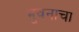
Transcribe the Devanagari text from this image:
भुवनाचा